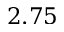
2 . 7 5